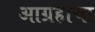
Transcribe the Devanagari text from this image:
आग्रहाचा